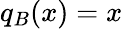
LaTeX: q_{B}(x)=x